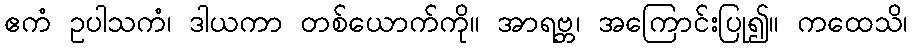
ဧကံ ဥပါသကံ၊ ဒါယကာ တစ်ယောက်ကို။ အာရဗ္ဘ၊ အကြောင်းပြု၍။ ကထေသိ၊